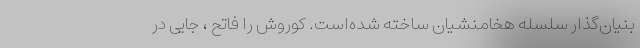
بنیان‌گذار سلسله هخامنشیان ساخته شده‌است. کوروش را فاتح ، جایی در